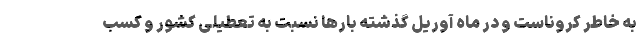
به خاطر کروناست و در ماه آوریل گذشته بارها نسبت به تعطیلی کشور و کسب